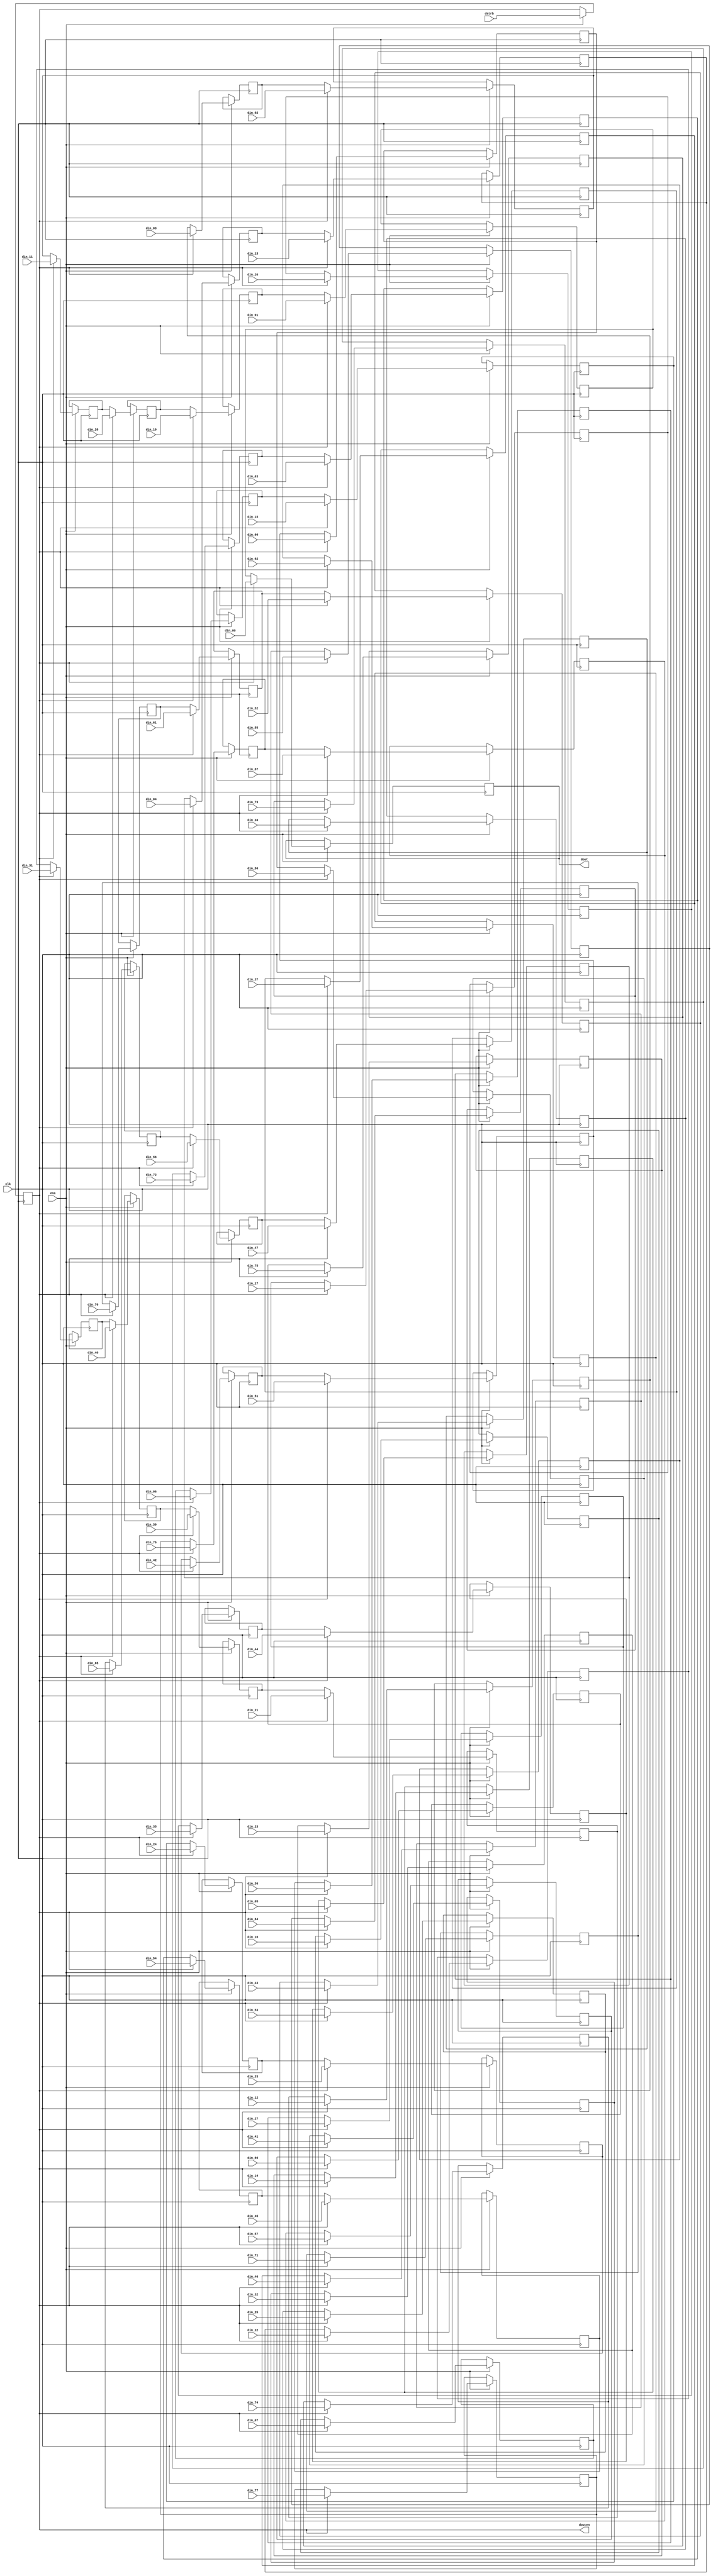
/////////////////////////////////////////////////////////////////////
////                                                             ////
////  Zig-Zag Unit                                               ////
////  Performs zigzag-ing, as used by many DCT based encoders    ////
////                                                             ////
////          richard@asics.ws                                   ////
////          www.asics.ws                                       ////
////                                                             ////
/////////////////////////////////////////////////////////////////////
////                                                             ////
//// Copyright (C) 2002 Richard Herveille                        ////
////                    richard@asics.ws                         ////
////                                                             ////
//// This source file may be used and distributed without        ////
//// restriction provided that this copyright statement is not   ////
//// removed from the file and that any derivative work contains ////
//// the original copyright notice and the associated disclaimer.////
////                                                             ////
////     THIS SOFTWARE IS PROVIDED ``AS IS'' AND WITHOUT ANY     ////
//// EXPRESS OR IMPLIED WARRANTIES, INCLUDING, BUT NOT LIMITED   ////
//// TO, THE IMPLIED WARRANTIES OF MERCHANTABILITY AND FITNESS   ////
//// FOR A PARTICULAR PURPOSE. IN NO EVENT SHALL THE AUTHOR      ////
//// OR CONTRIBUTORS BE LIABLE FOR ANY DIRECT, INDIRECT,         ////
//// INCIDENTAL, SPECIAL, EXEMPLARY, OR CONSEQUENTIAL DAMAGES    ////
//// (INCLUDING, BUT NOT LIMITED TO, PROCUREMENT OF SUBSTITUTE   ////
//// GOODS OR SERVICES; LOSS OF USE, DATA, OR PROFITS; OR        ////
//// BUSINESS INTERRUPTION) HOWEVER CAUSED AND ON ANY THEORY OF  ////
//// LIABILITY, WHETHER IN  CONTRACT, STRICT LIABILITY, OR TORT  ////
//// (INCLUDING NEGLIGENCE OR OTHERWISE) ARISING IN ANY WAY OUT  ////
//// OF THE USE OF THIS SOFTWARE, EVEN IF ADVISED OF THE         ////
//// POSSIBILITY OF SUCH DAMAGE.                                 ////
////                                                             ////
/////////////////////////////////////////////////////////////////////

//  CVS Log
//
//  $Id: zigzag.v,v 1.2 2002/10/23 09:06:59 rherveille Exp $
//
//  $Date: 2002/10/23 09:06:59 $
//  $Revision: 1.2 $
//  $Author: rherveille $
//  $Locker:  $
//  $State: Exp $
//
// Change History:
//               $Log: zigzag.v,v $
//               Revision 1.2  2002/10/23 09:06:59  rherveille
//               Improved many files.
//               Fixed some bugs in Run-Length-Encoder.
//               Removed dependency on ud_cnt and ro_cnt.
//               Started (Motion)JPEG hardware encoder project.
//


// synopsys translate_off
//`include "timescale.v"
// synopsys translate_on

module zigzag(
	clk, 
	ena, 
	dstrb, 
	din_00, din_01, din_02, din_03, din_04, din_05, din_06, din_07,
	din_10, din_11, din_12, din_13, din_14, din_15, din_16, din_17,
	din_20, din_21, din_22, din_23, din_24, din_25, din_26, din_27,
	din_30, din_31, din_32, din_33, din_34, din_35, din_36, din_37,
	din_40, din_41, din_42, din_43, din_44, din_45, din_46, din_47,
	din_50, din_51, din_52, din_53, din_54, din_55, din_56, din_57,
	din_60, din_61, din_62, din_63, din_64, din_65, din_66, din_67,
	din_70, din_71, din_72, din_73, din_74, din_75, din_76, din_77,
	dout,
	douten
);

	//
	// inputs & outputs
	//

	input clk;                    // system clock
	input ena;                    // clock enable

	input dstrb;                  // data-strobe. Present dstrb 1clk-cycle before data block
	input [11:0]
		din_00, din_01, din_02, din_03, din_04, din_05, din_06, din_07,
		din_10, din_11, din_12, din_13, din_14, din_15, din_16, din_17,
		din_20, din_21, din_22, din_23, din_24, din_25, din_26, din_27,
		din_30, din_31, din_32, din_33, din_34, din_35, din_36, din_37,
		din_40, din_41, din_42, din_43, din_44, din_45, din_46, din_47,
		din_50, din_51, din_52, din_53, din_54, din_55, din_56, din_57,
		din_60, din_61, din_62, din_63, din_64, din_65, din_66, din_67,
		din_70, din_71, din_72, din_73, din_74, din_75, din_76, din_77;
	output [11:0] dout;
	output        douten; // data-out enable

	//
	// variables
	//

	reg ld_zigzag;
	reg [11:0] sresult [63:0]; // store results for zig-zagging

	//
	// module body
	//

	always @(posedge clk)
	  if(ena)
	    ld_zigzag <= #1 dstrb;

	assign douten = ld_zigzag;


	//
	// Generate zig-zag structure
	//
	// This implicates that the quantization step be performed after
	// the zig-zagging.
	//
	//    0: 1: 2: 3: 4: 5: 6: 7:		0: 1: 2: 3: 4: 5: 6: 7:
	// 0: 63 62 58 57 49 48 36 35		3f 3e 3a 39 31 30 24 23
	// 1: 61 59 56 50 47 37 34 21		3d 3b 38 32 2f 25 22 15
	// 2: 60 55 51 46 38 33 22 20		3c 37 33 2e 26 21 16 14
	// 3: 54 52 45 39 32 23 19 10		36 34 2d 27 20 17 13 0a
	// 4: 53 44 40 31 24 18 11 09		35 2c 28 1f 18 12 0b 09
	// 5: 43 41 30 25 17 12 08 03		2b 29 1e 19 11 0c 08 03
	// 6: 42 29 26 16 13 07 04 02		2a 1d 1a 10 0d 07 04 02
	// 7: 28 27 15 14 06 05 01 00		1c 1b 0f 0e 06 05 01 00
	//
	// zig-zag the DCT results
	integer n;

	always @(posedge clk)
	  if(ena)
	    if(ld_zigzag)   // reload results-register file
	    begin
	        sresult[63] <= #1 din_00;
	        sresult[62] <= #1 din_01;
	        sresult[61] <= #1 din_10;
	        sresult[60] <= #1 din_20;
	        sresult[59] <= #1 din_11;
	        sresult[58] <= #1 din_02;
	        sresult[57] <= #1 din_03;
	        sresult[56] <= #1 din_12;
	        sresult[55] <= #1 din_21;
	        sresult[54] <= #1 din_30;
	        sresult[53] <= #1 din_40;
	        sresult[52] <= #1 din_31;
	        sresult[51] <= #1 din_22;
	        sresult[50] <= #1 din_13;
	        sresult[49] <= #1 din_04;
	        sresult[48] <= #1 din_05;
	        sresult[47] <= #1 din_14;
	        sresult[46] <= #1 din_23;
	        sresult[45] <= #1 din_32;
	        sresult[44] <= #1 din_41;
	        sresult[43] <= #1 din_50;
	        sresult[42] <= #1 din_60;
	        sresult[41] <= #1 din_51;
	        sresult[40] <= #1 din_42;
	        sresult[39] <= #1 din_33;
	        sresult[38] <= #1 din_24;
	        sresult[37] <= #1 din_15;
	        sresult[36] <= #1 din_06;
	        sresult[35] <= #1 din_07;
	        sresult[34] <= #1 din_16;
	        sresult[33] <= #1 din_25;
	        sresult[32] <= #1 din_34;
	        sresult[31] <= #1 din_43;
	        sresult[30] <= #1 din_52;
	        sresult[29] <= #1 din_61;
	        sresult[28] <= #1 din_70;
	        sresult[27] <= #1 din_71;
	        sresult[26] <= #1 din_62;
	        sresult[25] <= #1 din_53;
	        sresult[24] <= #1 din_44;
	        sresult[23] <= #1 din_35;
	        sresult[22] <= #1 din_26;
	        sresult[21] <= #1 din_17;
	        sresult[20] <= #1 din_27;
	        sresult[19] <= #1 din_36;
	        sresult[18] <= #1 din_45;
	        sresult[17] <= #1 din_54;
	        sresult[16] <= #1 din_63;
	        sresult[15] <= #1 din_72;
	        sresult[14] <= #1 din_73;
	        sresult[13] <= #1 din_64;
	        sresult[12] <= #1 din_55;
	        sresult[11] <= #1 din_46;
	        sresult[10] <= #1 din_37;
	        sresult[09] <= #1 din_47;
	        sresult[08] <= #1 din_56;
	        sresult[07] <= #1 din_65;
	        sresult[06] <= #1 din_74;
	        sresult[05] <= #1 din_75;
	        sresult[04] <= #1 din_66;
	        sresult[03] <= #1 din_57;
	        sresult[02] <= #1 din_67;
	        sresult[01] <= #1 din_76;
	        sresult[00] <= #1 din_77;
	    end
	  else       // shift results out
	    for (n=1; n<=63; n=n+1) // do not change sresult[0]
	       sresult[n] <= #1 sresult[n -1];

	assign dout = sresult[63];
endmodule